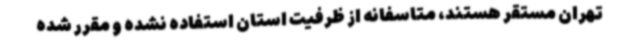
تهران مستقر هستند، متاسفانه از ظرفیت استان استفاده نشده و مقرر شده